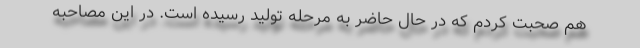
هم صحبت کردم که در حال حاضر به مرحله تولید رسیده است. در این مصاحبه